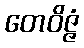
တေဝိဇ္ဇံ